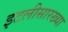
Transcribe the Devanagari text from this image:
इटलीसारख्या